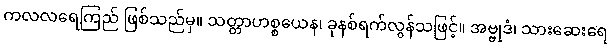
ကလလရေကြည် ဖြစ်သည်မှ။ သတ္တာဟစ္စယေန၊ ခုနစ်ရက်လွန်သဖြင့်။ အဗ္ဗုဒံ၊ သားဆေးရေ